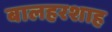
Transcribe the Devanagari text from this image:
बालहरशाह